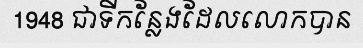
1948 ជាទីកន្លែងដែលលោកបាន